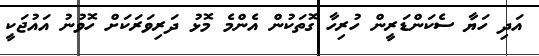
އަދި ހަޔާ ސެކަންޑަރީން ހުރިހާ ގޮތަކުން އެންމެ މޮޅު ދަރިވަރަކަށް ހޮވުނު އައުޖަކީ